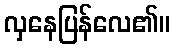
လှနေပြန်လေ၏။